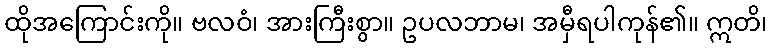
ထိုအကြောင်းကို။ ဗလဝံ၊ အားကြီးစွာ။ ဥပလဘာမ၊ အမှီရပါကုန်၏။ ဣတိ၊